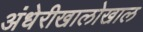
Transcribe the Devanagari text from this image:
अंधेरीखालोखाल